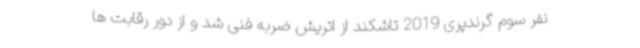
نفر سوم گرندپری 2019 تاشکند از اتریش ضربه فنی شد و از دور رقابت ها